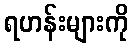
ရဟန်းများကို